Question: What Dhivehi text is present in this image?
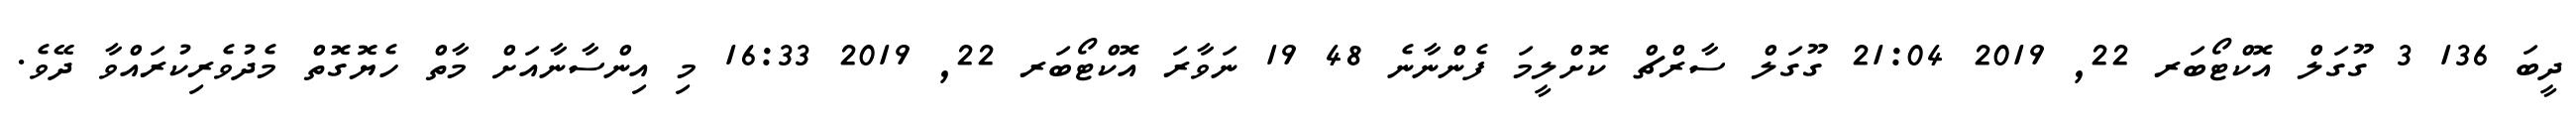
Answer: ދީބަ 136 3 ގޫގަލް އޮކްޓޯބަރ 22, 2019 21:04 ގޫގަލް ސާރްޗް ކޮށްލީމަ ފެންނާނެ 48 19 ނަވާރަ އޮކްޓޯބަރ 22, 2019 16:33 މި އިންސާނާއަށް މާތް ހެޔޮގޮތް މެދުވެރިކުރައްވާ ދޭވެ.